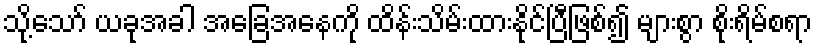
သို့သော် ယခုအခါ အခြေအနေကို ထိန်းသိမ်းထားနိုင်ပြီဖြစ်၍ များစွာ စိုးရိမ်စရာ